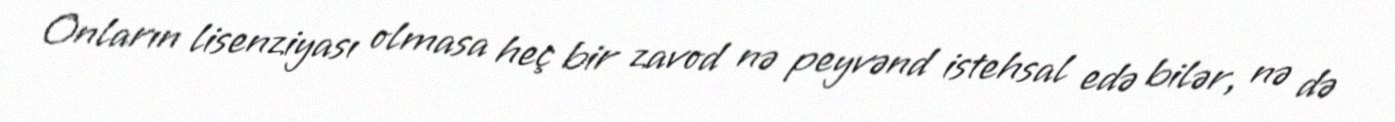
Onların lisenziyası olmasa heç bir zavod nə peyvənd istehsal edə bilər, nə də